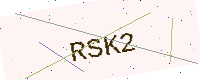
Text: RSK2